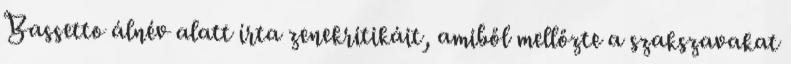
Bassetto álnév alatt írta zenekritikáit, amiből mellőzte a szakszavakat